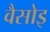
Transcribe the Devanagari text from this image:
वैसोइ